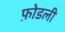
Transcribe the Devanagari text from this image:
फ़ोडली